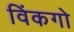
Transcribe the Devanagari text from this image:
विंकगो